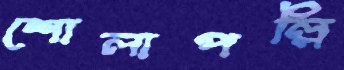
শোলাপল্লি